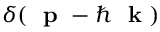
\delta ( \mathrm { ~ \bf ~ p ~ } - \hbar \mathrm { ~ \bf ~ k ~ } )